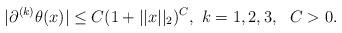
LaTeX: \begin{align*} \vert \partial^{(k)} \theta(x) \vert \leq C (1+ \vert \vert x \vert \vert_2)^C, \ k=1,2,3, \ \ C>0 . \end{align*}